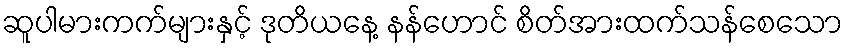
ဆူပါမားကက်များနှင့် ဒုတိယနေ့ နန်ဟောင် စိတ်အားထက်သန်စေသော